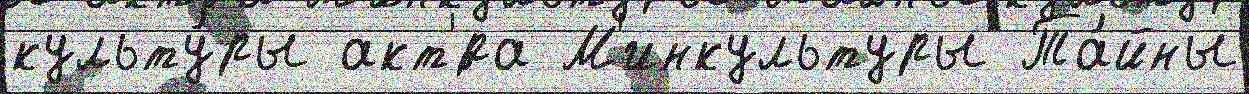
культу́ры акт'́ра М'инкультуры Та́йны